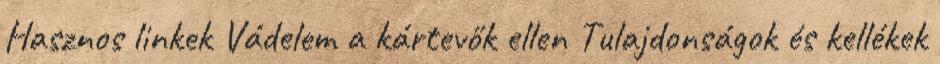
Hasznos linkek Vádelem a kártevők ellen Tulajdonságok és kellékek